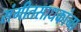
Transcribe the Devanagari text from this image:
संगीतसाधकांना